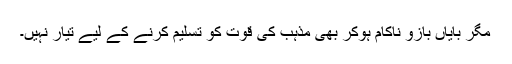
مگر بایاں بازو ناکام ہوکر بھی مذہب کی قوت کو تسلیم کرنے کے لیے تیار نہیں۔